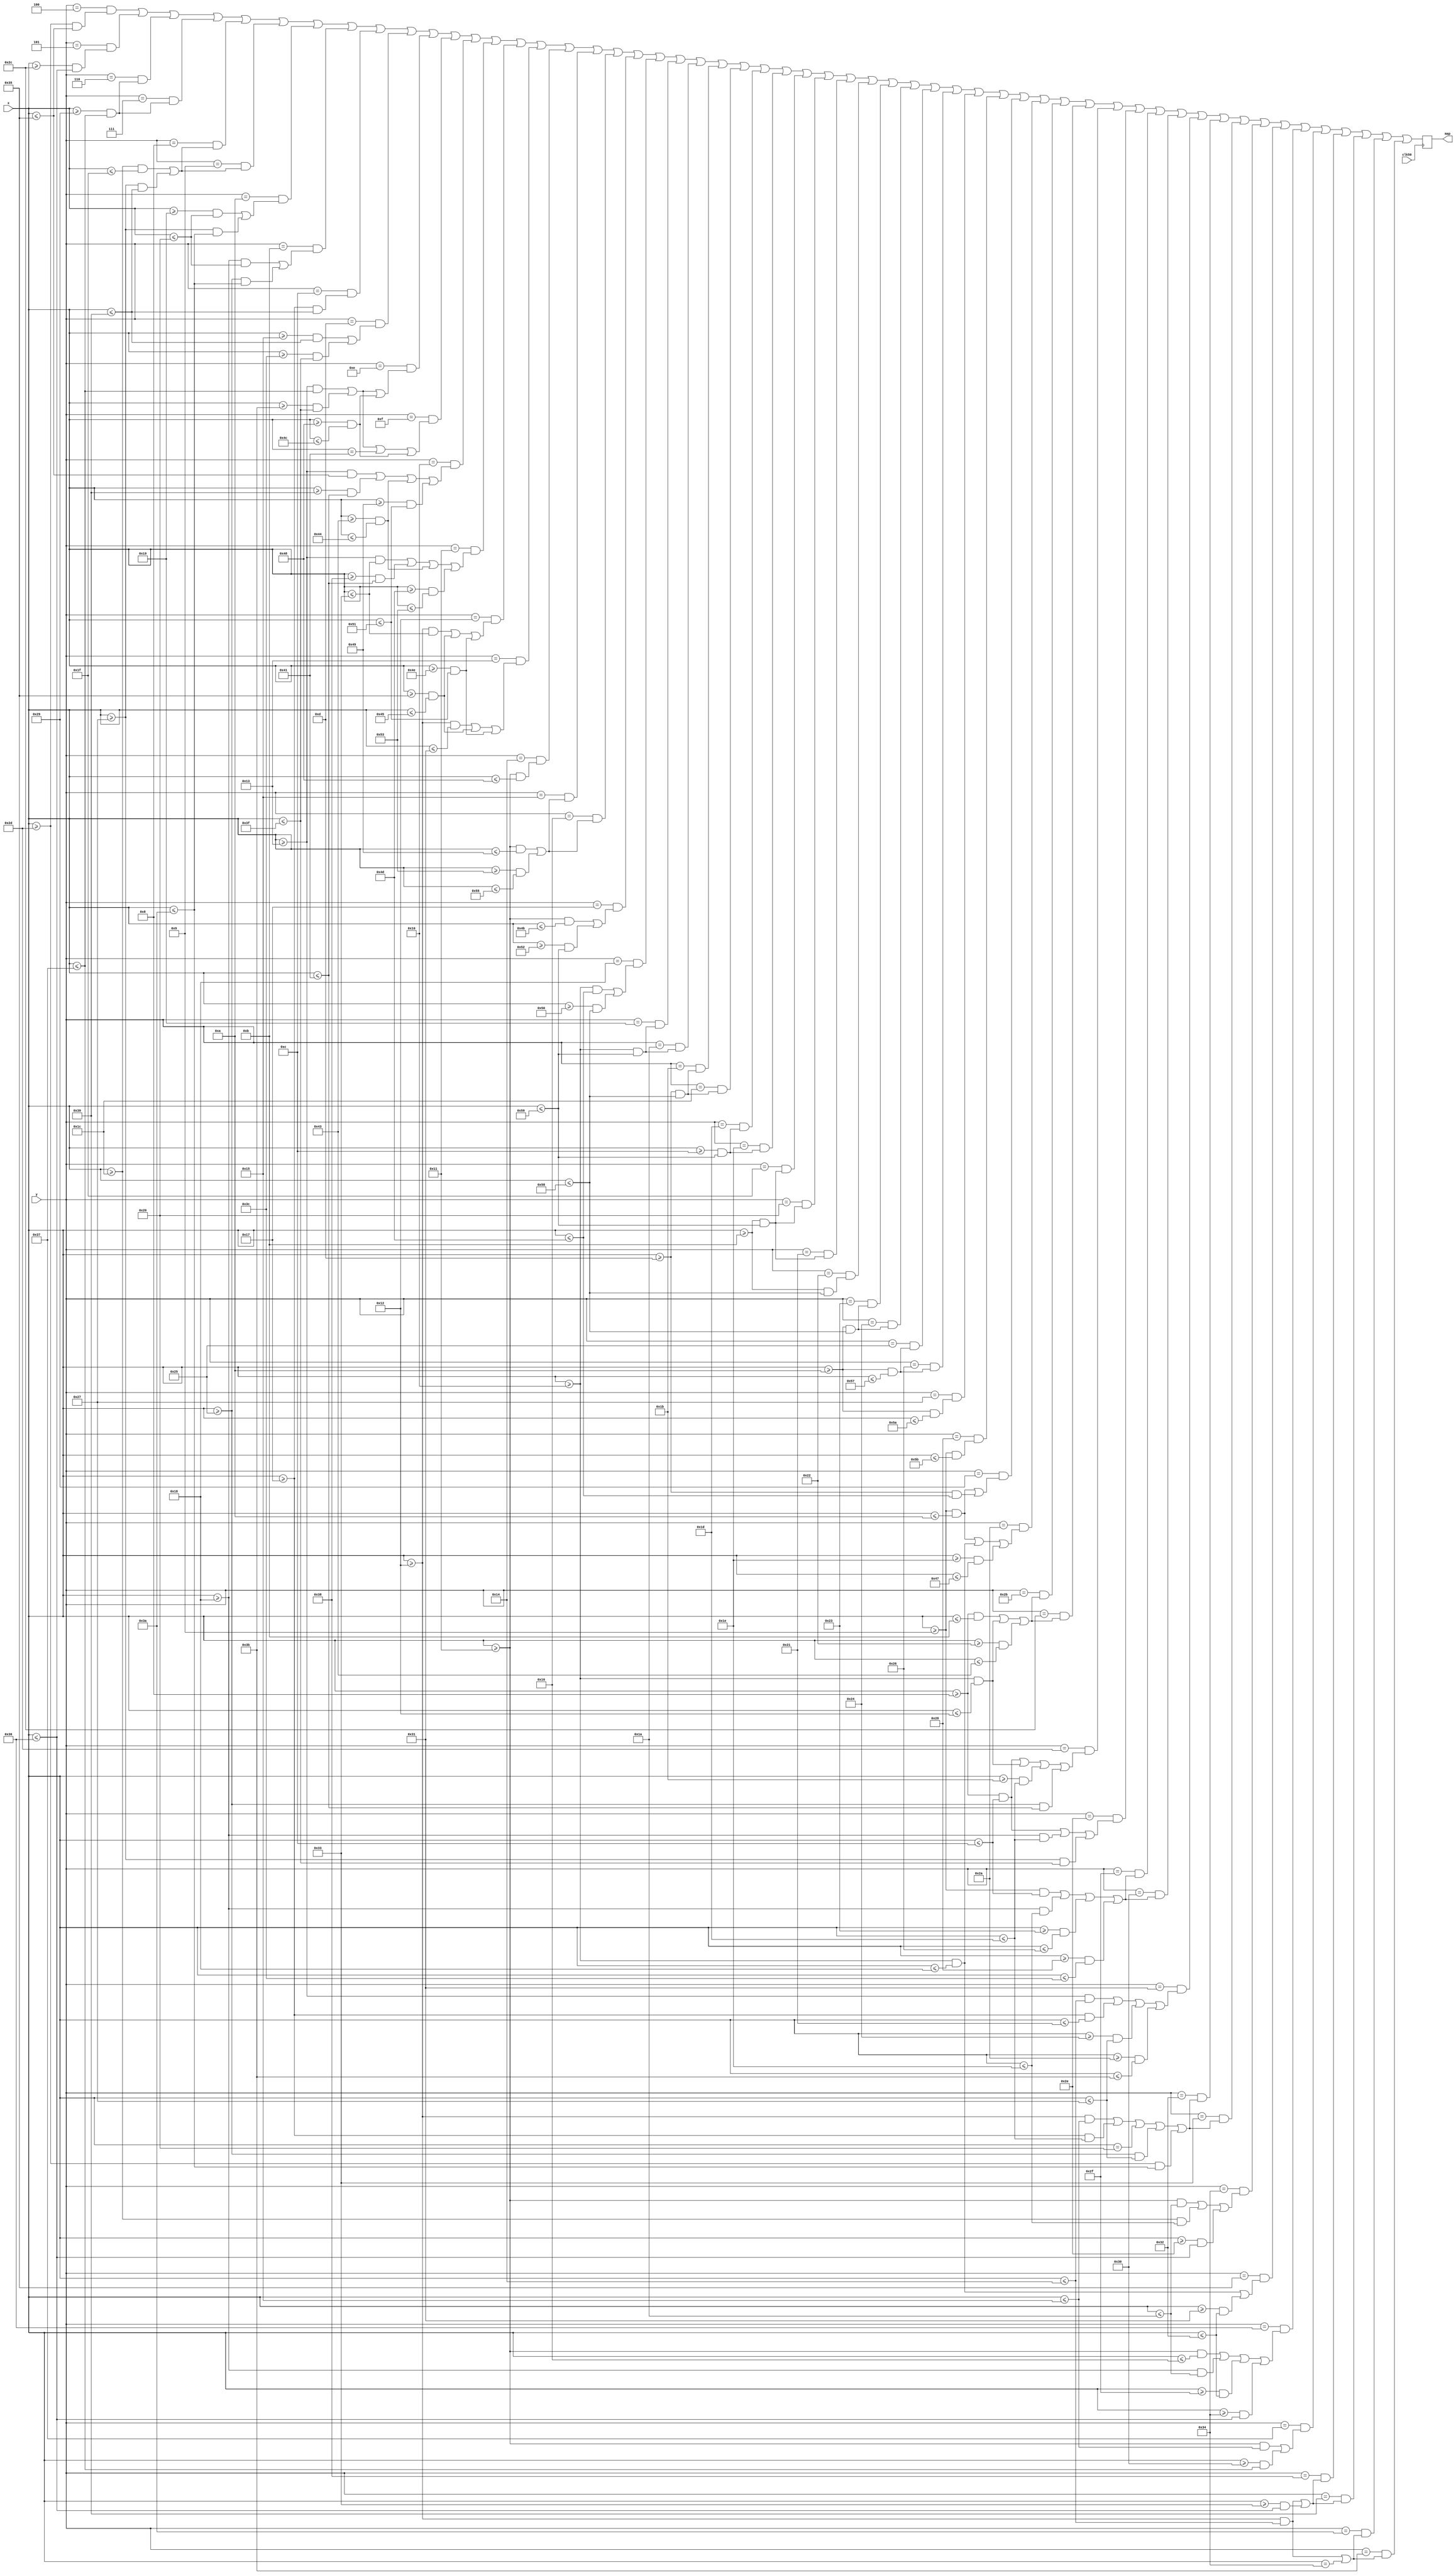
`timescale 1ns / 1ps
//////////////////////////////////////////////////////////////////////////////////
// Company: 
// Engineer: 
// 
// Design Name: 
// Module Name: boundary
// Project Name: 
// Target Devices: 
// Tool Versions: 
// Description: 
// 
// Dependencies: 
// 
// Revision:
// Revision 0.01 - File Created
// Additional Comments:
// 
//////////////////////////////////////////////////////////////////////////////////


module boundary_r2( input clk50, input [6:0] x, y, output reg map);
    parameter [31:0] a = 4; 
    always @ (posedge clk50) begin
        map <= (y==a && (x>= 45 && x<=53)) || (y==a+1 && (x>= 44 && x<=54)) || (y==a+2 && (x>= 41 && x<=55)) || (y==a+3 && (x>= 41 && x<=55)) || (y==a+4 && ((x>= 28 && x<=31)||(x>=39 && x<=57)))
            || (y==a+5 && ((x>= 28 && x<=31)||(x>= 39 && x<=57))) || (y==a+6 && ((x>= 25 && x<=32)||(x>= 39 && x<=58))) || (y==a+7 && ((x>= 24 && x<=32)||(x>= 37 && x<=58))) || (y==a+8 && (x>= 23 && x<=57))
            || (y==a+9 && ((x>= 21 && x<=57)||(x>=60 && x<=63))) 
            || (y==a+10 && ((x>= 19 && x<=55)||(x>= 59 && x<=63)||(x>= 72 && x<=76))) 
            || (y==a+11 && ((x>= 19 && x<=55)||(x>= 59 && x<=63)||(x==65)||(x>= 72 && x<=76))) 
            || (y==a+12 && ((x>= 19 && x<=53)||(x>= 57 && x<=65)||(x>=67 && x<=68)||(x>= 73 && x<=81)))                
            || (y==a+13 && ((x>= 19 && x<=51)||(x>= 56 && x<=65)||(x>=67 && x<=68)||(x>= 77 && x<=83))) 
            || (y==a+14 && ((x>= 18 && x<=51)||(x>= 53 && x<=69)||(x>= 78 && x<=81)))
            || (y==a+15 && ((x>= 18 && x<=49)||(x>= 53 && x<=69)||(x>= 78 && x<=81))) || (y==a+16 && (x>= 17 && x<=72)) || (y==a+17 && ((x>= 17 && x<=73)||(x>=83 && x<=85))) || (y==a+18 && ((x>= 17 && x<=73)||(x>=83 && x<=85))) 
            || (y==a+19 && ((x>= 17 && x<=75)||(x>=82 && x<=89))) || (y==a+20 && ((x>= 16 && x<=77)||(x>=80 && x<=88))) || (y==a+21 && (x>= 16 && x<=89)) || (y==a+22 && (x>= 16 && x<=89)) || (y==a+23 && (x>= 13 && x<=88)) 
            || (y==a+24 && (x>= 13 && x<=88)) || (y==a+25 && (x>= 12 && x<=89)) || (y==a+26 && (x>= 12 && x<=89)) || (y==a+27 && (x>= 11 && x<=89)) || (y==a+28 && (x>= 11 && x<=89)) || (y==a+29 && (x>= 11 && x<=89)) || (y==a+30 && (x>= 11 && x<=88)) || (y==a+31 && (x>= 10 && x<=88)) || (y==a+32 && (x>= 10 && x<=88)) || (y==a+33 && (x>= 10 && x<=87)) || (y==a+34 && (x>= 10 && x<=87)) || (y==a+35 && (x>= 10 && x<=90)) 
            || (y==a+36 && (x>= 9 && x<=91)) || (y==a+37 && ((x>= 9 && x<=10)||(x>=13 && x<=77))) || (y==a+38 && ((x>= 9 && x<=10)||(x>=16 && x<=24)||(x>=30 && x<=71))) || (y==a+39 && ((x>= 8 && x<=11)||(x>=16 && x<=18)||(x>=34 && x<=67))) || (y==a+40 && ((x>= 8 && x<=11)||(x>=16 && x<=18)||(x>=34 && x<=67))) || (y==a+41 && ((x>= 8 && x<=12)||(x>=16 && x<=18)||(x>=27 && x<=29)||(x>=37 && x<=65))) || (y==a+42 && ((x>= 8 && x<=12)||(x>=24 && x<=29)||(x>=39 && x<=63))) 
            || (y==a+43 && ((x>= 9 && x<=12)||(x>=24 && x<=30)||(x>=35 && x<=38)||(x>=40 && x<=60))) || (y==a+44 && ((x>= 9 && x<=12)||(x>=24 && x<=30)||(x>=35 && x<=38)||(x>=40 && x<=60))) || (y==a+45 && ((x>= 19 && x<=20)||(x>=23 && x<=33)||(x>=36 && x<=39)||(x>=42 && x<=59))) || (y==a+46 && ((x>= 18 && x<=21)||(x>=23 && x<=29)||(x==32)||(x>=37 && x<=39)||(x>=45 && x<=58))) || (y==a+47 && ((x>= 18 && x<=21)||(x>=23 && x<=29)||(x==32)||(x>=37 && x<=39)||(x>=45 && x<=58))) 
            || (y==a+48 && ((x>= 17 && x<=26)||(x>=28 && x<=30)||(x>=46 && x<=54))) || (y==a+49 && ((x>= 16 && x<=24)||(x>=49 && x<=50))) || (y==a+50 && ((x>= 17 && x<=22)||(x>=24 && x<=26)||(x>=47 && x<=50)||(x>=52 && x<=54))) || (y==a+51 && ((x>= 17 && x<=21)||(x>=48 && x<=55))) || (y==a+52 && ((x>= 18 && x<=20)||(x>=51 && x<=54)))
            || (y==a+53 && ((x>= 18 && x<=20)||(x>=51 && x<=54))) || (y==a+54 && ((x>= 18 && x<=20)||(x==52))) || (y==a+55 && ((x>= 18 && x<=20)||(x==52)));
    end
endmodule